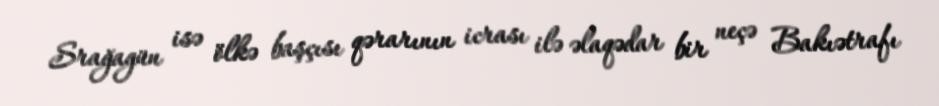
Srağagün isə ölkə başçısı qərarının icrası ilə əlaqədar bir neçə Bakıətrafı